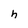
Character: h